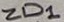
Text: ZD1